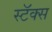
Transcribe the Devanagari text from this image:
स्टॅक्स